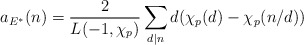
\begin{align*}a_{E^\ast}(n) = \frac{2}{L(-1,\chi_{p})} \sum_{d | n} d (\chi_{p}(d) - \chi_{p}(n/d))\end{align*}